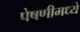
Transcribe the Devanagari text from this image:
पेषणीमध्ये